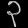
Digit: ၃